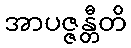
အာပဇ္ဇန္တီတိ